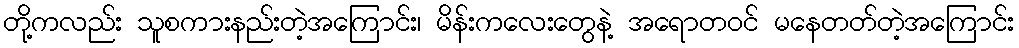
တို့ကလည်း သူစကားနည်းတဲ့အကြောင်း၊ မိန်းကလေးတွေနဲ့ အရောတဝင် မနေတတ်တဲ့အကြောင်း